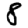
Digit: 8